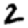
Digit: 2